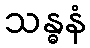
သန္ဓနံ